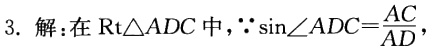
3. 解：在$\text{Rt}\triangle ADC$中，$\because\sin\angle ADC = \frac{AC}{AD}$，